Sketch of the medical history of the native army of Bombay, for the year
Year: 1870
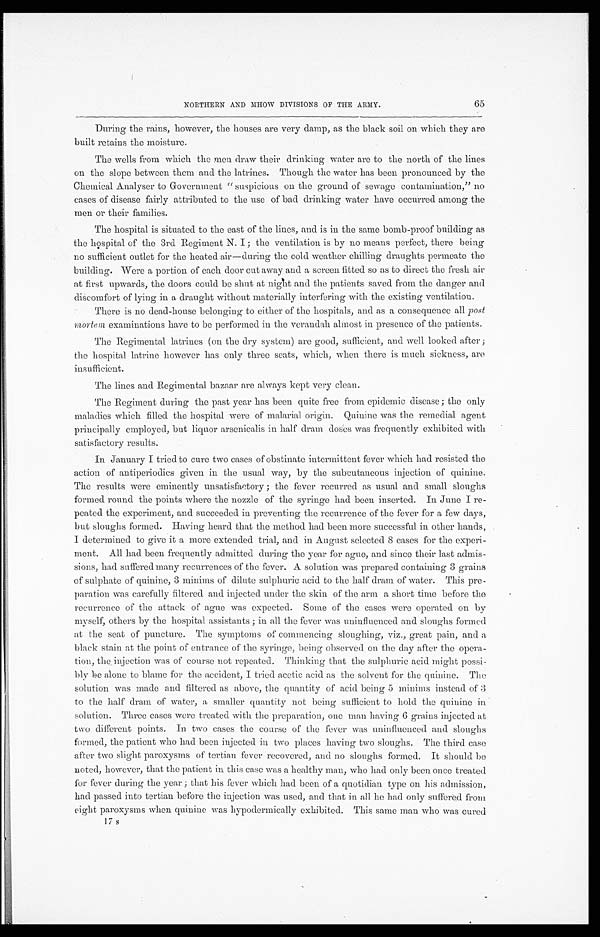
6
5
NORTHERN AND MHOW DIVISIONS OF THE ARMY.
During the rains, however, the houses are very damp, as the black soil on which they are
built retains the moisture.
The wells from which the men draw their drinking water are to the north of the lines
on the slope between them and the latrines. Though the water has been pronounced by the
Chemical Analyser to Government "suspicious on the ground of sewage contamination," no
cases of disease fairly attributed to the use of bad drinking water have occurred among the
men or their families.
The hospital is situated to the east of the lines, and is in the same bomb-proof building as
the hospital of the 3rd Regiment N. I; the ventilation is by no means perfect, there being
no sufficient outlet for the heated air—during the cold weather chilling draughts permeate the
building. Were a portion of each door cut away and a screen fitted so as to direct the fresh air
at first upwards, the doors could be shut at night and the patients saved from the danger and
discomfort of lying in a draught without materially interfering with the existing ventilation.
There is no dead-house belonging to either of the hospitals, and as a consequence all post
mortem examinations have to be performed in the verandah almost in presence of the patients.
The Regimental latrines (on the dry system) are good, sufficient, and well looked after;
the hospital latrine however has only three seats, which, when there is much sickness, are
insufficient.
The lines and Regimental bazaar are always kept very clean.
The Regiment during the past year has been quite free from epidemic disease; the only
maladies which filled the hospital were of malarial origin. Quinine was the remedial agent
principally employed, but liquor arsenicalis in half dram doses was frequently exhibited with
satisfactory results.
In January I tried to cure two cases of obstinate intermittent fever which had resisted the
action of antiperiodics given in the usual way, by the subcutaneous injection of quinine.
The results were eminently unsatisfactory; the fever recurred as usual and small sloughs
formed round the points where the nozzle of the syringe had been inserted. In June I re
-peated the experiment, and succeeded in preventing the recurrence of the fever for a few days,
but sloughs formed. Having heard that the method had been more successful in other hands,
I determined to give it a more extended trial, and in August selected 8 cases for the experi
-ment. All had been frequently admitted during the year for ague, and since their last admis
-sions, bad suffered many recurrences of the fever. A solution was prepared containing 3 grains
of sulphate of quinine, 3 minims of dilute sulphuric acid to the half dram of water. This pre
-paration was carefully filtered and injected under the skin of the arm a short time before the
recurrence of the attack of ague was expected. Some of the cases were operated on by
myself, others by the hospital assistants; in all the fever was uninfluenced and sloughs formed
at the seat of puncture. The symptoms of commencing sloughing, viz., great pain, and a
black stain at the point of entrance of the syringe, being observed on the day after the opera
-tion, the injection was of course not repeated. Thinking that the sulphuric acid might possi
-bly be alone to blame for the accident, I tried acetic acid as the solvent for the quinine. The
solution was made and filtered as above, the quantity of acid being 5 minims instead of 3
to the half dram of water, a smaller quantity not being sufficient to hold the quinine in
solution. Three cases were treated with the preparation, one man having 6 grains injected at
two different points. In two cases the course of the fever was uninfluenced and sloughs
formed, the patient who had been injected in two places having two sloughs. The third case
after two slight paroxysms of tertian fever recovered, and no sloughs formed. It should be
noted, however, that the patient in this case was a healthy man, who had only been once treated
for fever during the year; that his fever which had been of a quotidian type on his admission,
had passed into tertian before the injection was used, and that in all he had only suffered from
eight paroxysms when quinine was hypodermically exhibited. This same man who was cured
1 7 s